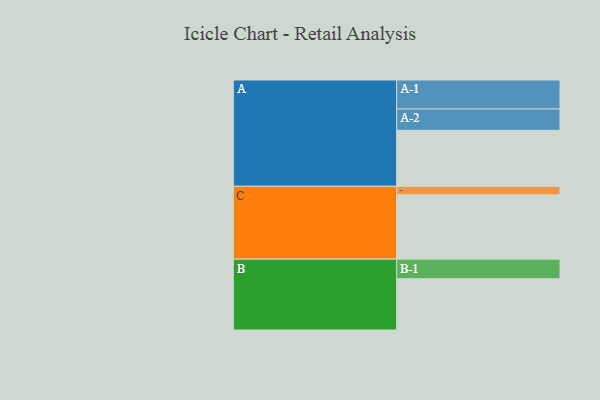
{"axis": {"x": "Segment", "y": "Value"}, "legend": ["", "A", "B", "C"], "data": [{"x": "A", "y": 452, "type": ""}, {"x": "B", "y": 414, "type": ""}, {"x": "C", "y": 519, "type": ""}, {"x": "A-1", "y": 234, "type": "A"}, {"x": "A-2", "y": 172, "type": "A"}, {"x": "B-1", "y": 158, "type": "B"}, {"x": "C-1", "y": 69, "type": "C"}]}